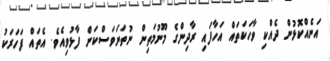
އަނެއްކޮޅުން ދެއްކި ވާހަކަތައް އަހާފައި ރާދިންގެ މޫނުމަތިން ނުތަނަވަސްކަން ފާޅުވިއެވެ. އެތައް ފަހަރަކު